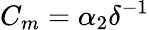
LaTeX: C_{m}=\alpha_{2}\delta^{-1}